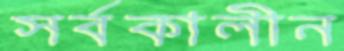
সর্বকালীন